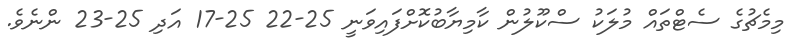
މިމެޗުގެ ސެޓްތައް މުލަކު ސްކޫލުން ކާމިޔާބުކޮށްފައިވަނީ 25-22 25-17 އަދި 25-23 ންނެވެ.